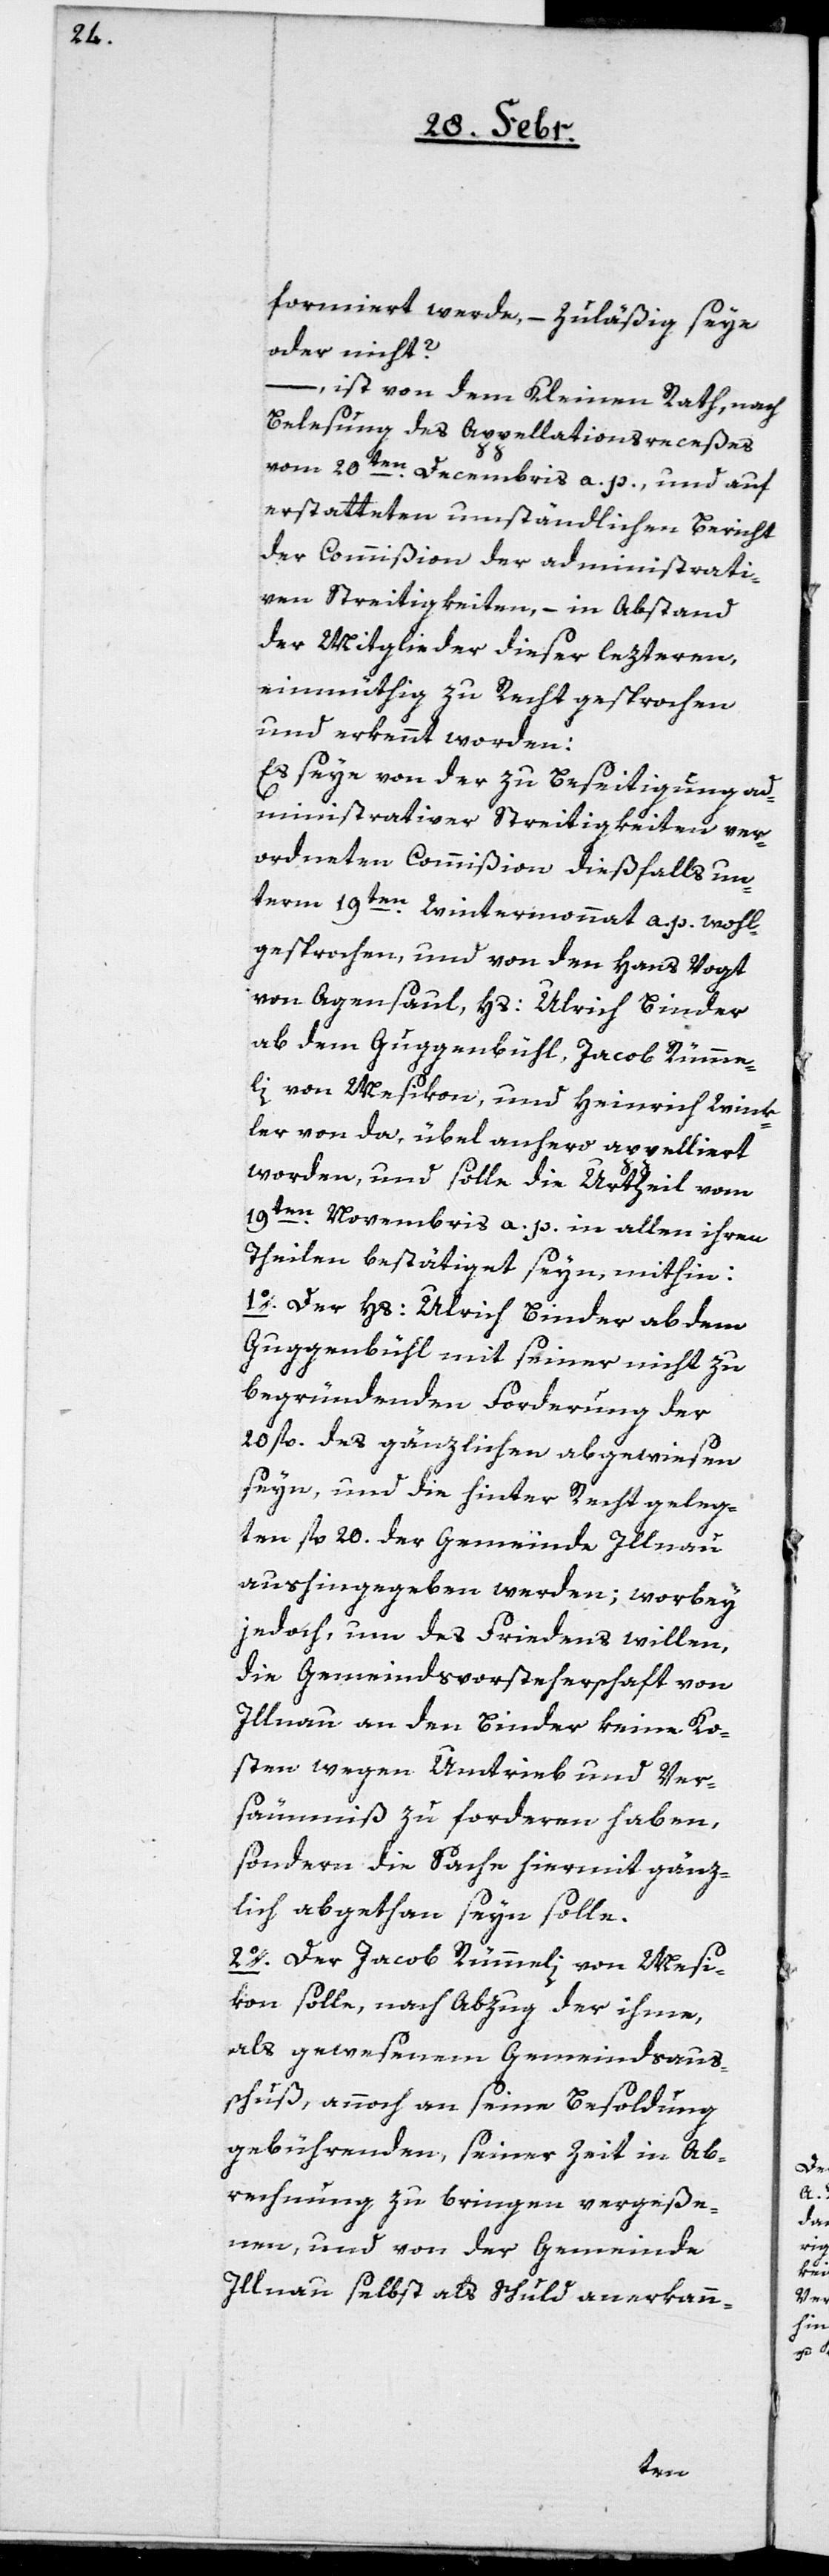
formiert werde, – zuläßig seye
oder nicht?
ist von dem Kleinen Rath, nach
Belesung des Appellationsrecesses
vom 20ten Decembris a. p., und auf
erstatteten umständlichen Bericht
der Commißion der administrati¬
ven Streitigkeiten, – in Abstand
der Mitglieder dieser lezteren,
einmüthig zu Recht gesprochen
und erkennt worden:
Es seye von der Beseitigung ad¬
ministrativer Streitigkeiten ver¬
ordneten Commißion dießfalls un¬
term 19ten Wintermonnat a. p. wohl¬
gesprochen, und von den Hans Vogt
von Agensaul, Hs: Ulrich Binder
ab dem Guggenbühl, Jacob Rümme¬
li von Mesikon, und Heinrich Wink¬
ler von da, übel anhero appelliert
worden, und solle die Urtheil vom
19ten Novembris a. p. in allen ihren
Theilen bestätiget seyn, mithin:
1o. Der Hs: Ulrich Binder ab dem
Guggenbühl mit seiner nicht zu
begründenden Forderung der
20 fl. des gänzlichen abgewiesen
seyn, und die hinter Recht geleg¬
ten fl. 20 der Gemeinde Illnau
aushingegeben werden; worbey
jedoch, um des Friedens willen,
die Gemeindsvorsteherschaft von
Illnau an den Binder keine Ko¬
sten wegen Umtrieb und Ver¬
säumniß zu forderen haben,
sondern die Sache hiermit gänz¬
lich abgethan seyn solle.
2o. Der Jacob Rümmeli von Mesi¬
kon solle, nach Abzug der ihme,
als gewesenem Gemeindsaus¬
schuß, annoch an seine Besoldung
gebührenden, seiner Zeit in Ab¬
rechnung zu bringen vergeße¬
nen, und von der Gemeinde
Illnau selbst als Schuld anerkann-